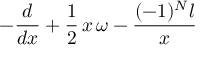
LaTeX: - \frac { d } { d x } + \frac { 1 } { 2 } \, x \, \omega - \frac { ( - 1 ) ^ { N } l } { x }